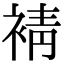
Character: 𧚫